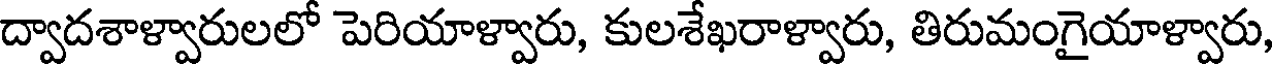
ద్వాదశాళ్వారులలో పెరియాళ్వారు, కులశేఖరాళ్వారు, తిరుమంగైయాళ్వారు,